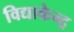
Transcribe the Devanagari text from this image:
विद्याकेन्द्र